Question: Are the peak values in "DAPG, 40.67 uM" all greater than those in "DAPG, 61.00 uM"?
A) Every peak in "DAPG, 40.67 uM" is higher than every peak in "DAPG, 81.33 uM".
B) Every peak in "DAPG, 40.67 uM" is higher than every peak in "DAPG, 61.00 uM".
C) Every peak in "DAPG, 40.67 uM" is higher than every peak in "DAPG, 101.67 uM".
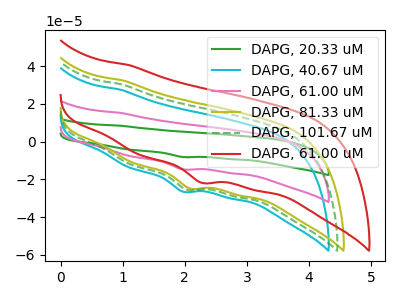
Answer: <think>The green curve "DAPG, 20.33 uM" has a cathodic peak at: (1.95V, -29.30uA). The cyan curve "DAPG, 40.67 uM" has a cathodic peak at: (1.95V, -26.45uA). The pink curve "DAPG, 61.00 uM" has a cathodic peak at: (1.95V, -14.65uA). The olive curve "DAPG, 81.33 uM" has a cathodic peak at: (2.10V, -24.70uA). The green dashed curve "DAPG, 101.67 uM" has a cathodic peak at: (2.05V, -25.45uA). The red curve "DAPG, 61.00 uM" has a cathodic peak at: (2.25V, -21.70uA).</think>
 <answer>B) Every peak in "DAPG, 40.67 uM" is higher than every peak in "DAPG, 61.00 uM".</answer>
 <eval>B</eval>